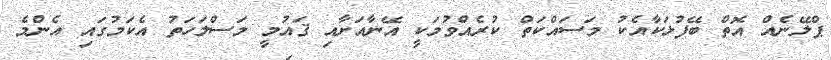
ޕްލޭނެއް އޮތް ބޭފުޅަކާއެކު މަސައްކަތް ކުރެއްވުމަކީ އޭނާއަށާއި ޤައުމީ މަސްލަހަތު އެކަމުގައި އެންމެ